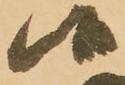
候